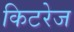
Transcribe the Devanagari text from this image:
किटरेज